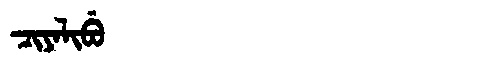
Manchu: ᠴᡳᠶᠠᠯᡳᠪᡠ
Romanization: CIYALIBU